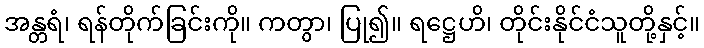
အန္တရံ၊ ရန်တိုက်ခြင်းကို။ ကတွာ၊ ပြု၍။ ရဋ္ဌေဟိ၊ တိုင်းနိုင်ငံသူတို့နှင့်။